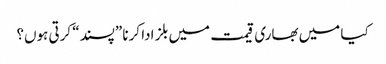
کیا میں بھاری قیمت میں بلز ادا کرنا ”پسند“ کرتی ہوں؟